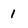
Character: 1